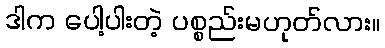
ဒါက ပေါ့ပါးတဲ့ ပစ္စည်းမဟုတ်လား။